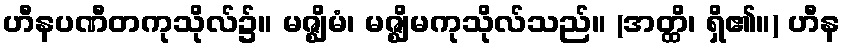
ဟီနပဏီတကုသိုလ်၌။ မဇ္ဈိမံ၊ မဇ္ဈိမကုသိုလ်သည်။ (အတ္ထိ၊ ရှိ၏။) ဟီန